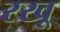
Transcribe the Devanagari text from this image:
रखू